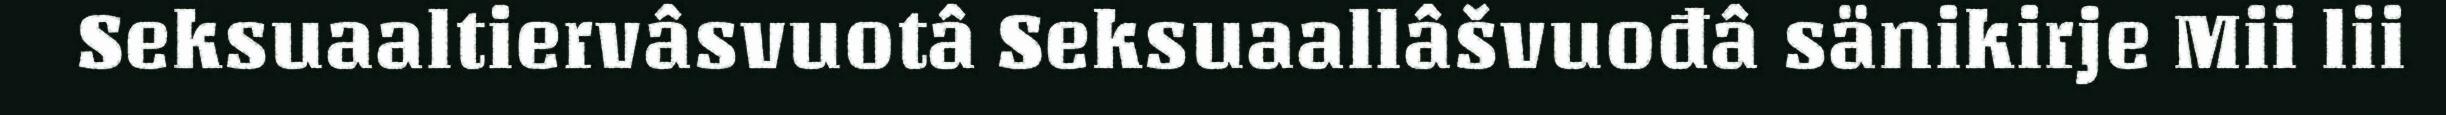
Seksuaaltiervâsvuotâ Seksuaallâšvuođâ sänikirje Mii lii